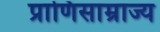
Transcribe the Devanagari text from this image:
प्राणिसाम्राज्य